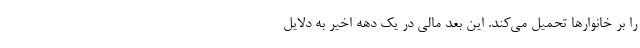
را بر خانوارها تحمیل می‌کند. این بُعد مالی در یک دهه اخیر به دلایل